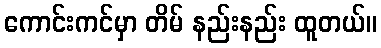
ကောင်းကင်မှာ တိမ် နည်းနည်း ထူတယ်။